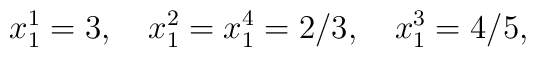
x_{1}^{1}=3,\quad x_{1}^{2}=x_{1}^{4}=2/3,\quad x_{1}^{3}=4/5,